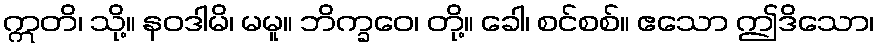
ဣတိ၊ သို့။ နဝဒါမိ၊ မမူ။ ဘိက္ခဝေ၊ တို့။ ခေါ၊ စင်စစ်။ ဧသော ဤဒိသော၊